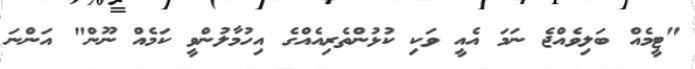
"ޓީމެއް ބަލިވެއްޖެ ނަމަ އެއީ ވަކި ކުޅުންތެރިއެއްގެ އިހުމާލުންވީ ކަމެއް ނޫން" އަންނަ